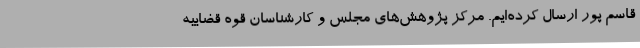
قاسم پور ارسال کرده‌ایم. مرکز پژوهش‌های مجلس و کارشناسان قوه قضاییه